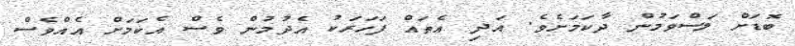
ބޮޑަށް ލަސްވަމުން ދާކަމަށެވެ. އަދި އެތައް ފަަހަރަކު އެދުމުން ވެސް އެކަމަށް އެއްވެސް